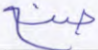
صنع